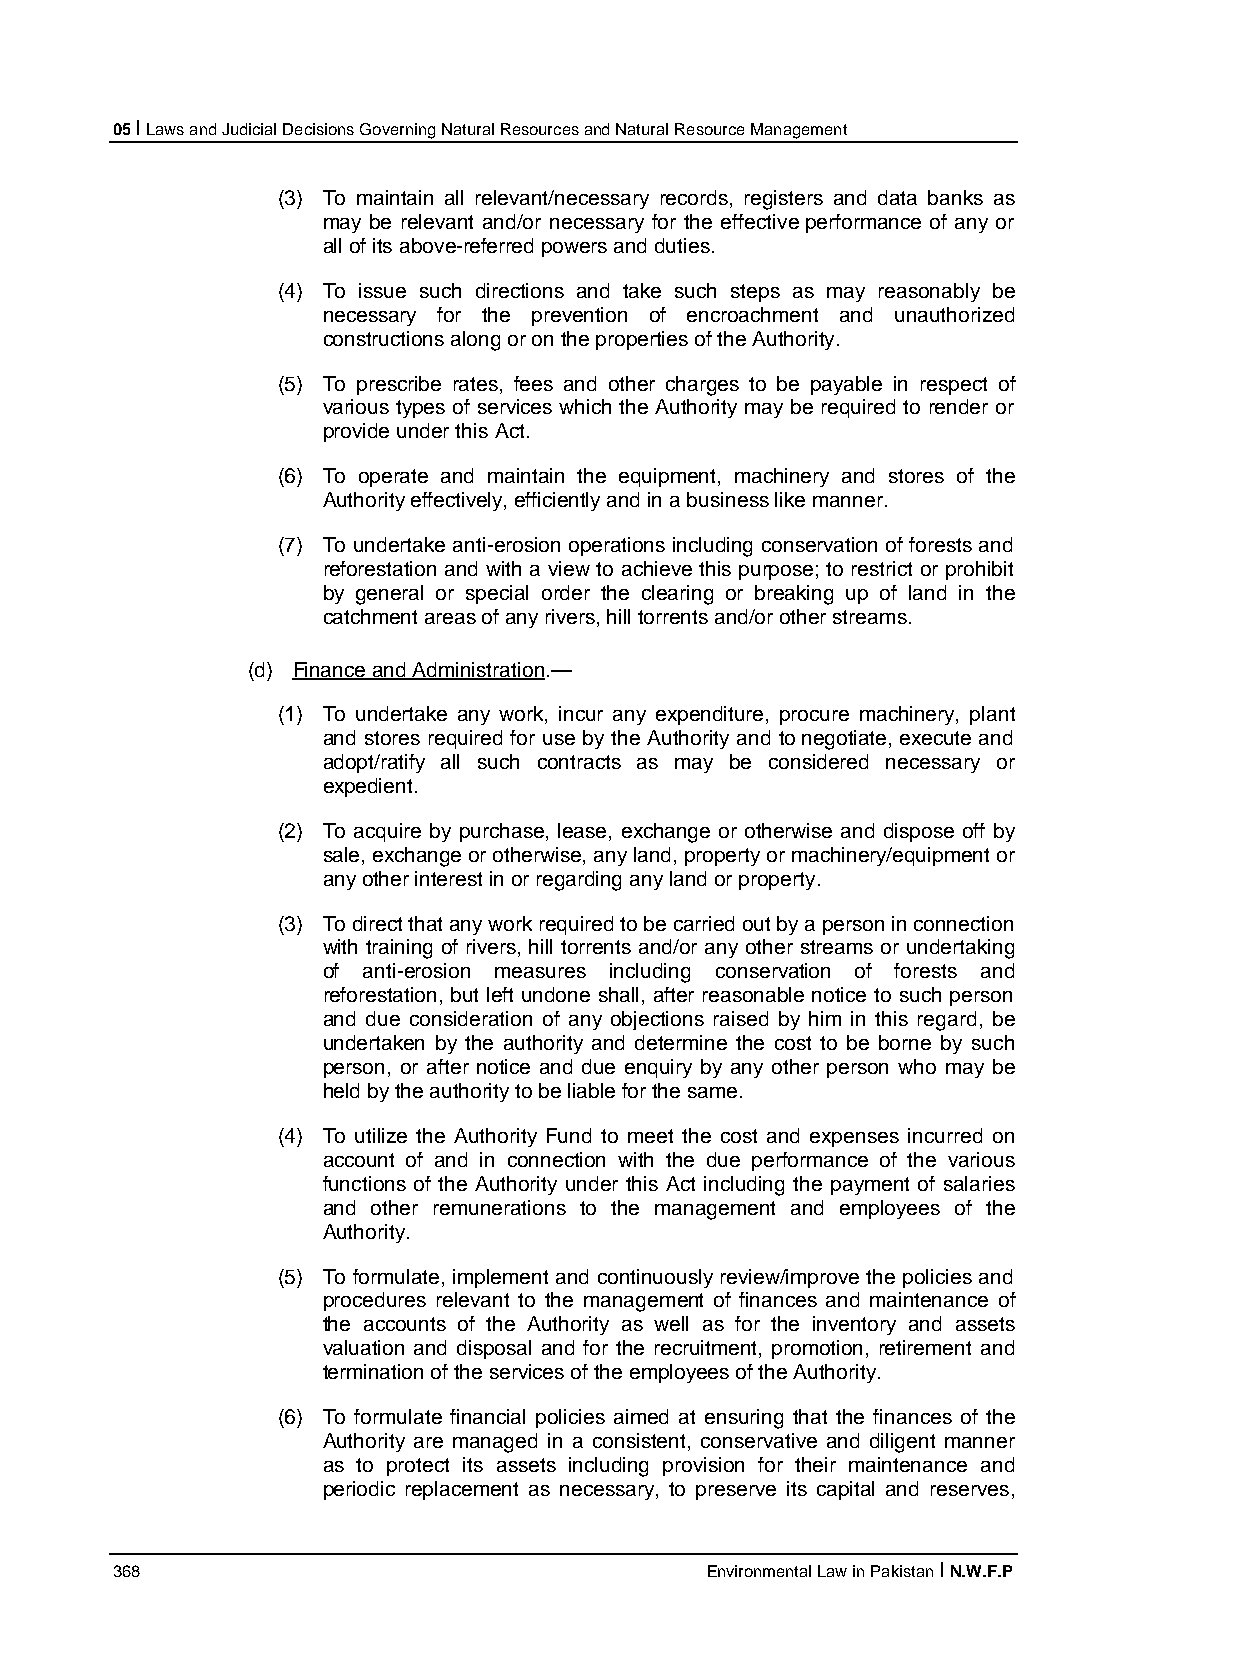
05 I Laws and Judicial Decisions Governing Natural Resources and Natural Resource Management
 (3) To maintain all relevant/necessary records, registers and data banks as
 may be relevant and/or necessary for the effective performance of any or
 all of its above-referred powers and duties.
 (4) To issue such directions and take such steps as may reasonably be
 necessary for the prevention of encroachment and unauthorized
 constructions along or on the properties of the Authority.
 (5) To prescribe rates, fees and other charges to be payable in respect of
 various types of services which the Authority may be required to render or
 provide under this Act.
 (6) To operate and maintain the equipment, machinery and stores of the
 Authority effectively, efficiently and in a business like manner.
 (7) To undertake anti-erosion operations including conservation of forests and
 reforestation and with a view to achieve this purpose; to restrict or prohibit
 by general or special order the clearing or breaking up of land in the
 catchment areas of any rivers, hill torrents and/or other streams.
 (d) Finance and Administration.—
 (1) To undertake any work, incur any expenditure, procure machinery, plant
 and stores required for use by the Authority and to negotiate, execute and
 adopt/ratify all such contracts as may be considered necessary or
 expedient.
 (2) To acquire by purchase, lease, exchange or otherwise and dispose off by
 sale, exchange or otherwise, any land, property or machinery/equipment or
 any other interest in or regarding any land or property.
 (3) To direct that any work required to be carried out by a person in connection
 with training of rivers, hill torrents and/or any other streams or undertaking
 of anti-erosion measures including conservation of forests and
 reforestation, but left undone shall, after reasonable notice to such person
 and due consideration of any objections raised by him in this regard, be
 undertaken by the authority and determine the cost to be borne by such
 person, or after notice and due enquiry by any other person who may be
 held by the authority to be liable for the same.
 (4) To utilize the Authority Fund to meet the cost and expenses incurred on
 account of and in connection with the due performance of the various
 functions of the Authority under this Act including the payment of salaries
 and other remunerations to the management and employees of the
 Authority.
 (5) To formulate, implement and continuously review/improve the policies and
 procedures relevant to the management of finances and maintenance of
 the accounts of the Authority as well as for the inventory and assets
 valuation and disposal and for the recruitment, promotion, retirement and
 termination of the services of the employees of the Authority.
 (6) To formulate financial policies aimed at ensuring that the finances of the
 Authority are managed in a consistent, conservative and diligent manner
 as to protect its assets including provision for their maintenance and
 periodic replacement as necessary, to preserve its capital and reserves,
 368                                     Environmental Law in Pakistan I N.W.F.P